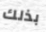
بذلك